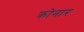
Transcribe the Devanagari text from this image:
क्रोनार